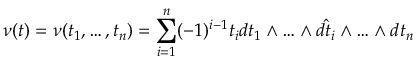
\nu ( t ) = \nu ( t _ { 1 } , \ldots , t _ { n } ) = \sum _ { i = 1 } ^ { n } ( - 1 ) ^ { i - 1 } t _ { i } d t _ { 1 } \wedge \ldots \wedge \hat { d t _ { i } } \wedge \ldots \wedge d t _ { n }